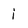
Character: i